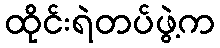
ထိုင်းရဲတပ်ဖွဲ့က